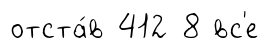
отста́в 412 8 вс'е